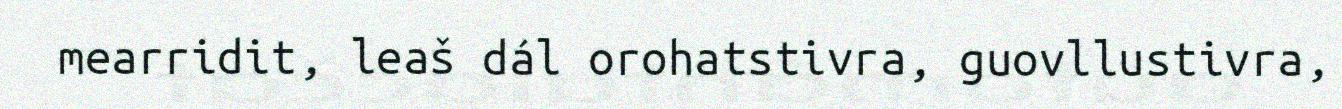
mearridit, leaš dál orohatstivra, guovllustivra,